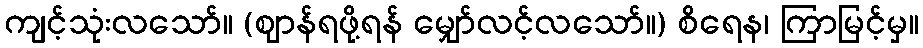
ကျင့်သုံးလသော်။ (ဈာန်ရဖို့ရန် မျှော်လင့်လသော်။) စိရေန၊ ကြာမြင့်မှ။